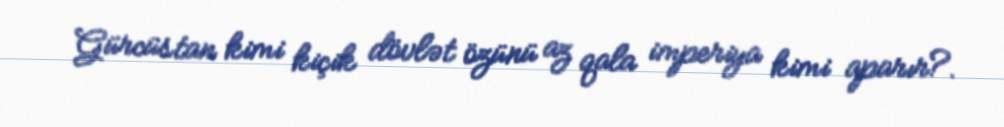
Gürcüstan kimi kiçik dövlət özünü az qala imperiya kimi aparır?.